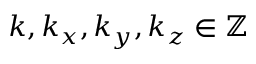
k , k _ { x } , k _ { y } , k _ { z } \in \mathbb { Z }